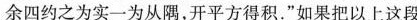
余四约之为实一为从隅，开平方得积。”如果把以上这段